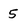
Character: 5